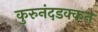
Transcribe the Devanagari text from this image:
कुरुनंदडक्कन